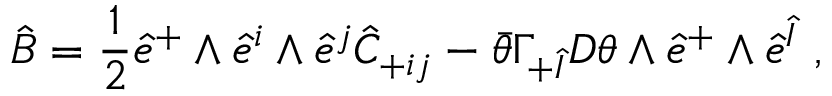
\hat { B } = \frac { 1 } { 2 } \hat { e } ^ { + } \wedge \hat { e } ^ { i } \wedge \hat { e } ^ { j } \hat { C } _ { + i j } - \bar { \theta } \Gamma _ { + \hat { I } } D \theta \wedge \hat { e } ^ { + } \wedge \hat { e } ^ { \hat { I } } ~ ,